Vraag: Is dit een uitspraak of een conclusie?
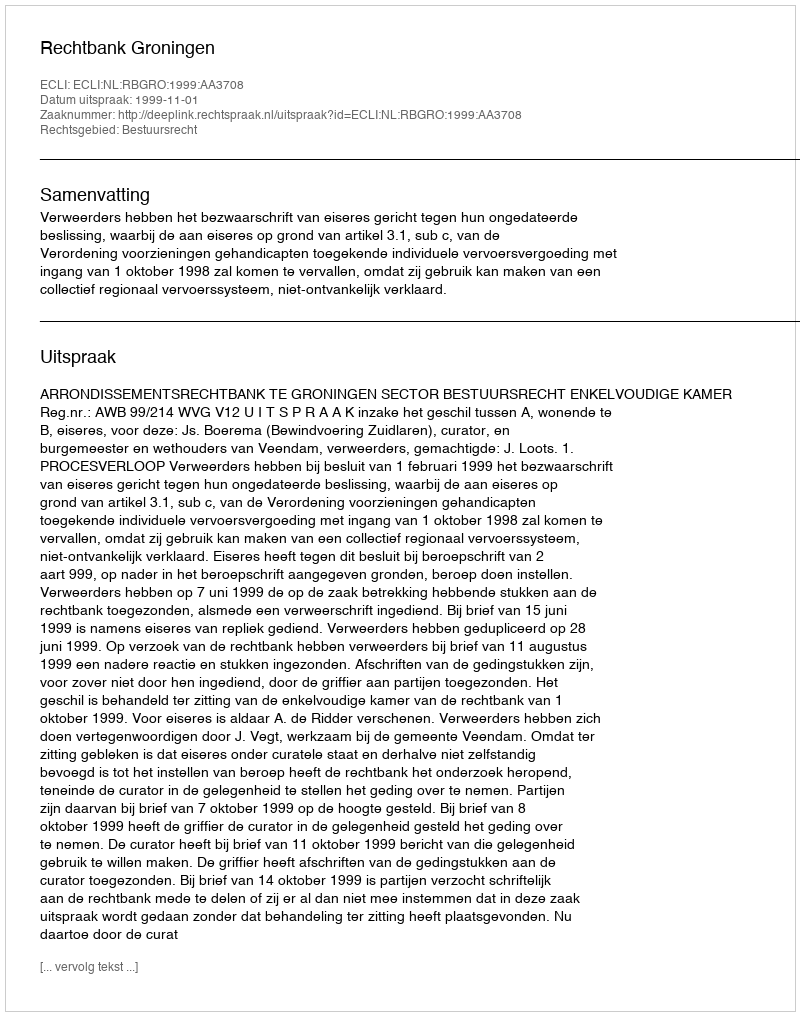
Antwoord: Uitspraak